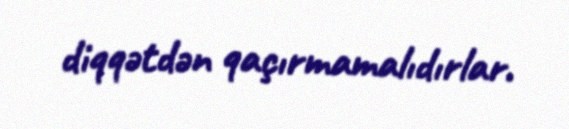
diqqətdən qaçırmamalıdırlar.